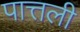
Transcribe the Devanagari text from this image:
पात्तली